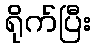
ရိုက်ပြီး